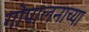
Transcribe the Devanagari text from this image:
गोपालनाच्या